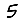
Digit: 5